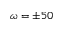
\omega = \pm 5 0